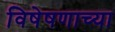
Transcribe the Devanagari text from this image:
विषेषणाच्या